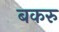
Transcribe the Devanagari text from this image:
बकरु